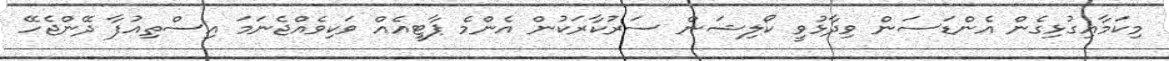
މިކަމާއިގުޅިގެން އެންޑަސަން ވިދާޅުވީ ކޯލިޝަން ސަރުކާރަކުން އެންމެ ޕާޓީއެއް ވަކިވެއްޖެނަމަ އިސްތިއުފާ ދޭންޖެހޭ